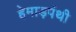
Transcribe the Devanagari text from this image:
हेमाड़पंथी